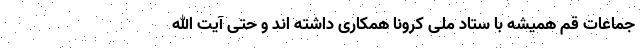
جماعات قم همیشه با ستاد ملی کرونا همکاری داشته اند و حتی آیت الله